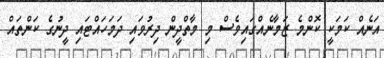
އަނެއް ކަމަކީ ކޮންމެ ޒަމާނެއްގައިވެސް މި މާތްދީން ދިރުވައި ދަމަހައްޓައި ދީނުގެ ކަންތައް